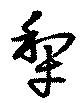
犂